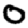
Digit: 0